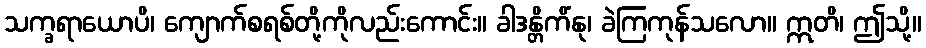
သက္ခရာယောပိ၊ ကျောက်စရစ်တို့ကိုလည်းကောင်း။ ခါဒန္တိကိံနု၊ ခဲကြကုန်သလော။ ဣတိ၊ ဤသို့။